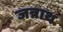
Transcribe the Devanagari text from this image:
जन्नाथ